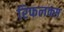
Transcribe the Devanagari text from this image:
रिफलक्स